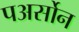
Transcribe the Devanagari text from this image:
पअर्सोन